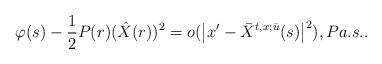
LaTeX: \begin{align*}\varphi(s)-\frac{1}{2}P(r)(\hat{X}(r))^{2} =o(\left\vert x^{\prime}-\bar{X}^{t,x;\bar{u}}(s)\right\vert ^{2}),P a.s.. \end{align*}